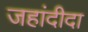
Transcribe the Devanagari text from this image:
जहांदीदा